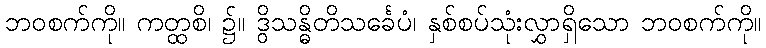
ဘဝစက်ကို။ ကတ္ထစိ၊ ၌။ ဒွိသန္ဓိတိသင်္ခေပံ၊ နှစ်စပ်သုံးလွှာရှိသော ဘဝစက်ကို။